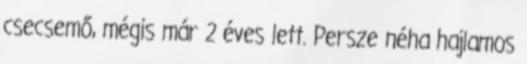
csecsemő, mégis már 2 éves lett. Persze néha hajlamos